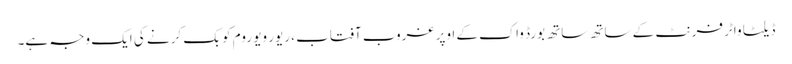
ڈیلٹا واٹر فرنٹ کے ساتھ ساتھ بورڈ واک کے اوپر غروب آفتاب ، ریور ویو روم کو بک کرنے کی ایک وجہ ہے۔